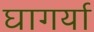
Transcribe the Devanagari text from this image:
घागर्या